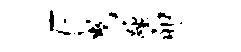
E曳踵卯